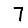
Digit: 7